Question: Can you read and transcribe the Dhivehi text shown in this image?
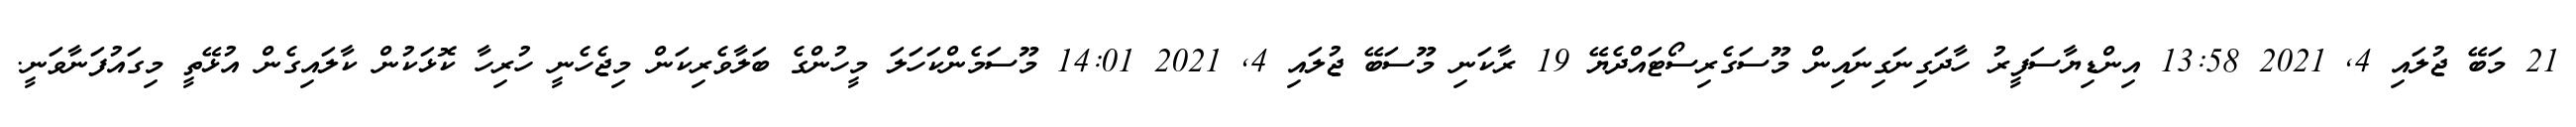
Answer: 21 މަބޭ ޖުލައި 4, 2021 13:58 އިންޑިޔާސަފީރު ހާދަގިނަގިނައިން މޫސަގެރިސޯޓައްދެޔޭ 19 ރާކަނި މޫސަބޭ ޖުލައި 4, 2021 14:01 މޫސަމެންކަހަލަ މީހުންގެ ބަލާވެރިކަން މިޖެހެނީ ހުރިހާ ކޮޅަކުން ކާލައިގެން އުޅޭތީ މިގައުފަނާވަނީ.